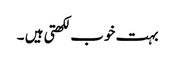
بہت خوب لکھتی ہیں ۔